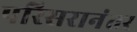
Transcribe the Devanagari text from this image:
परिसरानंतर